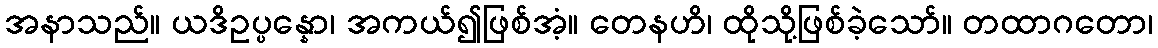
အနာသည်။ ယဒိဥပ္ပန္နော၊ အကယ်၍ဖြစ်အံ့။ တေနဟိ၊ ထိုသို့ဖြစ်ခဲ့သော်။ တထာဂတော၊